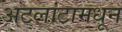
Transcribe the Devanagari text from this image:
अटलांटामधून